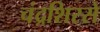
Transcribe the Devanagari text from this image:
चंद्रशिरसे